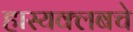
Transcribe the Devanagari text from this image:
हास्यक्लबचे